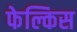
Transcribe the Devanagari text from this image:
फेल्किस